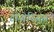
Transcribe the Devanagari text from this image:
डायोनिससने